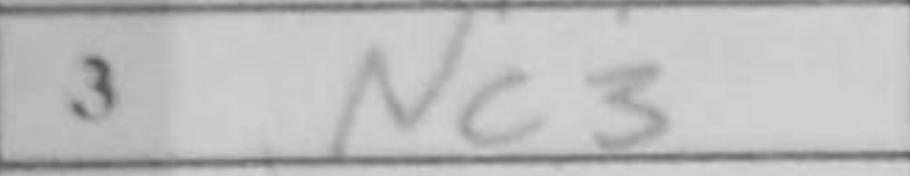
Transcription: Nc3